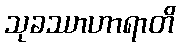
သုခဿာဟာရာတိ